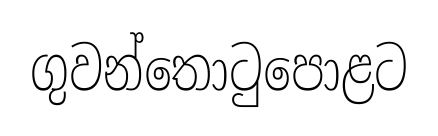
ගුවන්තොටුපොළට